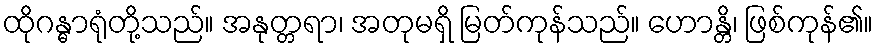
ထိုဂန္ဓာရုံတို့သည်။ အနုတ္တရာ၊ အတုမရှိ မြတ်ကုန်သည်။ ဟောန္တိ၊ ဖြစ်ကုန်၏။